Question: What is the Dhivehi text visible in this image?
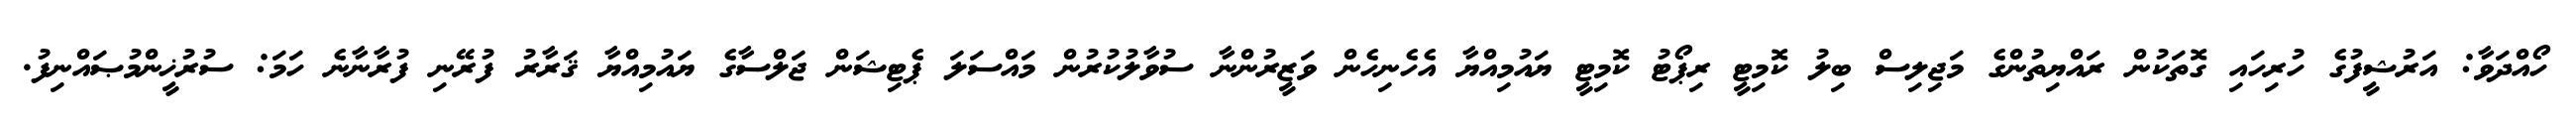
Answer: ހޯއްދަވާ: އަރުޝީފުގެ ހުރިހައި ގޮތަކުން ރައްޔިތުންގެ މަޖިލިސް ބިލު ކޮމިޓީ ރިޕޯޓު ކޮމިޓީ ޔައުމިއްޔާ އެހެނިހެން ވަޒީރުންނާ ސުވާލުކުރުން މައްސަލަ ޕެޓިޝަން ޖަލްސާގެ ޔައުމިއްޔާ ޤަރާރު ފުރޭނި ފުރާނާނެ ހަމަ: ސުރުޚީންމުޞައްނިފު.